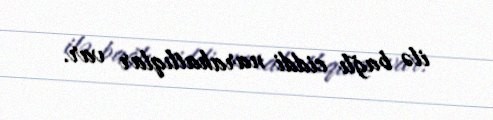
ilə bağlı ciddi narahatlıqlar var.